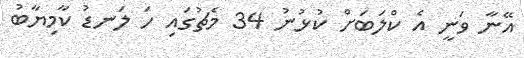
އޭނާ ވަނީ އެ ކްލަބަށް ކުޅުނު 34 މެޗުގައި ހަ ލަނޑު ކާމިޔާބު